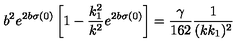
b ^ { 2 } e ^ { 2 b \sigma ( 0 ) } \left[ 1 - \frac { k _ { 1 } ^ { 2 } } { k ^ { 2 } } e ^ { 2 b \sigma ( 0 ) } \right] = \frac { \gamma } { 1 6 2 } \frac { 1 } { ( k k _ { 1 } ) ^ { 2 } }